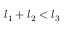
l _ { 1 } + l _ { 2 } < l _ { 3 }